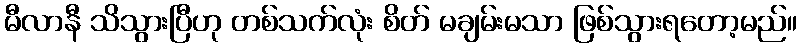
မီလာနီ သိသွားပြီဟု တစ်သက်လုံး စိတ် မချမ်းမသာ ဖြစ်သွားရတော့မည်။